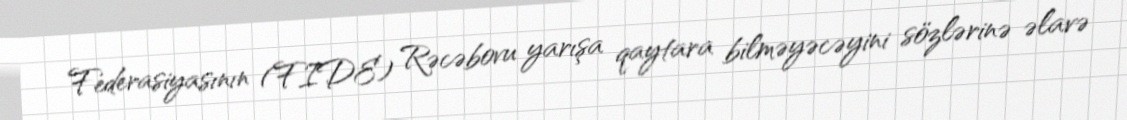
Federasiyasının (FIDE) Rəcəbovu yarışa qaytara bilməyəcəyini sözlərinə əlavə